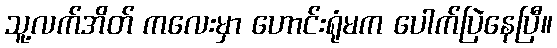
သူ့လက်အိတ် ကလေးမှာ ဟောင်းရုံမက ပေါက်ပြဲနေပြီ။